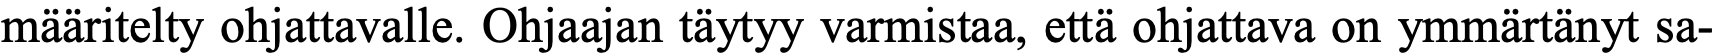
määritelty ohjattavalle. Ohjaajan täytyy varmistaa, että ohjattava on ymmärtänyt sa-